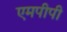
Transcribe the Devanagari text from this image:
एमपीपी